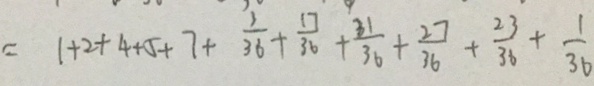
= 1 + 2 + 4 + 5 + 7 + \frac { 3 } { 3 6 } + \frac { 1 7 } { 3 6 } + \frac { 3 1 } { 3 6 } + \frac { 2 7 } { 3 6 } + \frac { 2 3 } { 3 6 } + \frac { 1 } { 3 6 }